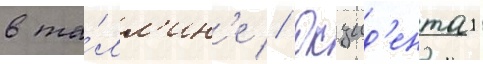
в та́лл'ин'е // Окцид'енталь